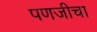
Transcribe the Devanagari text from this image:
पणजीचा